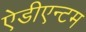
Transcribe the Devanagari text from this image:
ऐडीएन्टम